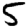
Digit: 5